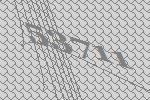
53711